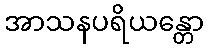
အာသနပရိယန္တော